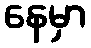
နေမှာ